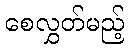
စေလွှတ်မည့်